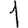
Digit: 1